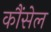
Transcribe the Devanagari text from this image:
कौंसेल